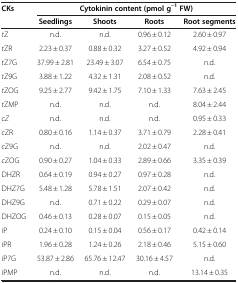
<table><thead><tr><td><b>CKs</b></td><td colspan="4"><b>Cytokinin content (pmol g<sup>–1</sup>FW)</b></td></tr><tr><td><b> </b></td><td><b>Seedlings</b></td><td><b>Shoots</b></td><td><b>Roots</b></td><td><b>Root segments</b></td></tr></thead><tbody><tr><td><i>t</i>Z</td><td>n.d.</td><td>n.d.</td><td>0.96 ± 0.12</td><td>2.60 ± 0.97</td></tr><tr><td><i>t</i>ZR</td><td>2.23 ± 0.37</td><td>0.88 ± 0.32</td><td>3.27 ± 0.52</td><td>4.92 ± 0.94</td></tr><tr><td><i>t</i>Z7G</td><td>37.99 ± 2.81</td><td>23.49 ± 3.07</td><td>6.54 ± 0.75</td><td>n.d.</td></tr><tr><td><i>t</i>Z9G</td><td>3.88 ± 1.22</td><td>4.32 ± 1.31</td><td>2.08 ± 0.52</td><td>n.d.</td></tr><tr><td><i>t</i>ZOG</td><td>9.25 ± 2.77</td><td>9.42 ± 1.75</td><td>7.10 ± 1.33</td><td>7.63 ± 2.45</td></tr><tr><td><i>t</i>ZMP</td><td>n.d.</td><td>n.d.</td><td>n.d.</td><td>8.04 ± 2.44</td></tr><tr><td><i>cZ</i></td><td>n.d.</td><td>n.d.</td><td>n.d.</td><td>0.95 ± 0.33</td></tr><tr><td><i>c</i>ZR</td><td>0.80 ± 0.16</td><td>1.14 ± 0.37</td><td>3.71 ± 0.79</td><td>2.28 ± 0.41</td></tr><tr><td><i>c</i>Z9G</td><td>n.d.</td><td>n.d.</td><td>2.02 ± 0.47</td><td>n.d.</td></tr><tr><td><i>c</i>ZOG</td><td>0.90 ± 0.27</td><td>1.04 ± 0.33</td><td>2.89 ± 0.66</td><td>3.35 ± 0.39</td></tr><tr><td>DHZR</td><td>0.64 ± 0.19</td><td>0.94 ± 0.27</td><td>0.97 ± 0.28</td><td>n.d.</td></tr><tr><td>DHZ7G</td><td>5.48 ± 1.28</td><td>5.78 ± 1.51</td><td>2.07 ± 0.42</td><td>n.d.</td></tr><tr><td>DHZ9G</td><td>n.d.</td><td>0.71 ± 0.22</td><td>0.29 ± 0.07</td><td>n.d.</td></tr><tr><td>DHZOG</td><td>0.46 ± 0.13</td><td>0.28 ± 0.07</td><td>0.15 ± 0.05</td><td>n.d.</td></tr><tr><td>iP</td><td>0.24 ± 0.10</td><td>0.15 ± 0.04</td><td>0.56 ± 0.17</td><td>0.42 ± 0.14</td></tr><tr><td>iPR</td><td>1.96 ± 0.28</td><td>1.24 ± 0.26</td><td>2.18 ± 0.46</td><td>5.15 ± 0.60</td></tr><tr><td>iP7G</td><td>53.87 ± 2.86</td><td>65.76 ± 12.47</td><td>30.16 ± 4.57</td><td>n.d.</td></tr><tr><td>iPMP</td><td>n.d.</td><td>n.d.</td><td>n.d.</td><td>13.14 ± 0.35</td></tr></tbody></table>